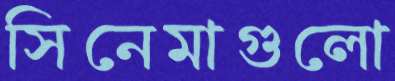
সিনেমাগুলো